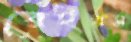
রেইথস